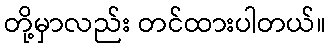
တို့မှာလည်း တင်ထားပါတယ်။